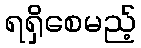
ရရှိစေမည့်